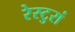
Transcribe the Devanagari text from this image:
रेस्टुरां